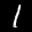
Label: 1